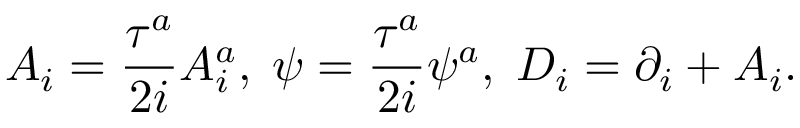
A _ { i } = \frac { \tau ^ { a } } { 2 i } A _ { i } ^ { a } , \; \psi = \frac { \tau ^ { a } } { 2 i } \psi ^ { a } , \; D _ { i } = \partial _ { i } + A _ { i } .